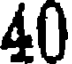
40